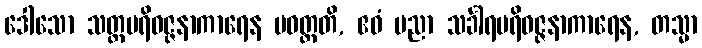
ဒေါသော သတ္တပရိဝဇ္ဇနာကာရေန ပဝတ္တတိ, ဧဝံ ပညာ သင်္ခါရပရိဝဇ္ဇနာကာရေန, တသ္မာ